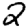
Digit: 2